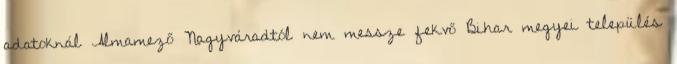
adatoknál Almamező Nagyváradtól nem messze fekvő Bihar megyei település